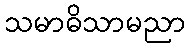
သမာဓိသာမညာ